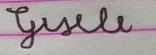
Signature authenticity: forged